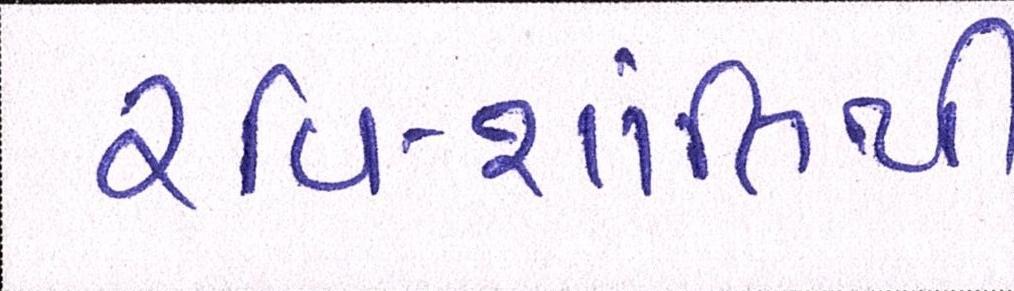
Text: રવિ-શાંતિથી